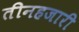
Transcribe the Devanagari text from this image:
तीनहजारी